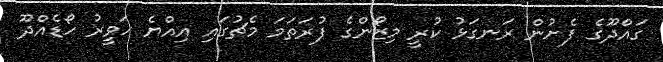
ގައްދޫގެ ފެށުން ރަނގަޅު ކުރީ މިޒޯންގެ ފުރަތަމަ މެޗުގައި އިއްޔެ ހަވީރު ހޯޑެއްދޫ